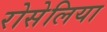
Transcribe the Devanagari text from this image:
रोसेलिया